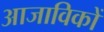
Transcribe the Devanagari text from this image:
आजाविकों